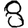
Digit: 8